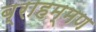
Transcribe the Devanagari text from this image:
ब्राहम्मण